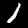
Digit: 1